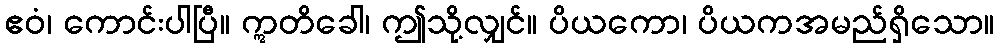
ဧဝံ၊ ကောင်းပါပြီ။ ဣတိခေါ၊ ဤသို့လျှင်။ ပိယကော၊ ပိယကအမည်ရှိသော။